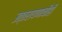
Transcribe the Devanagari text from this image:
उत्तरायणाचीही